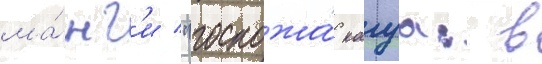
ма́нг'и "госпожа́ кагуа: в